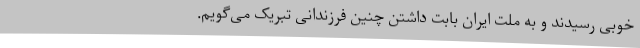
خوبی رسیدند و به ملت ایران بابت داشتن چنین فرزندانی تبریک می‌گویم.